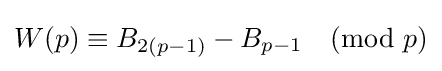
W(p)\equiv B_{2(p-1)}-B_{p-1}{\pmod {p}}